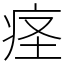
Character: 𫞬